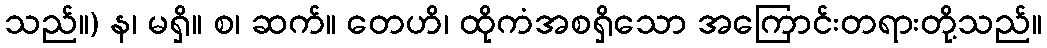
သည်။) န၊ မရှိ။ စ၊ ဆက်။ တေဟိ၊ ထိုကံအစရှိသော အကြောင်းတရားတို့သည်။